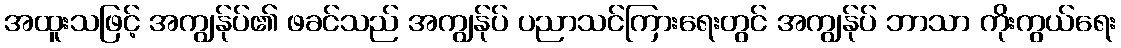
အထူးသဖြင့် အကျွန်ုပ်၏ ဖခင်သည် အကျွန်ုပ် ပညာသင်ကြားရေးတွင် အကျွန်ုပ် ဘာသာ ကိုးကွယ်ရေး